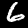
Digit: 6